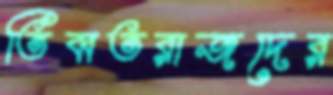
তিব্বতরাজদের